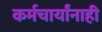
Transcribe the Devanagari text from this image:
कर्मचार्यांनाही